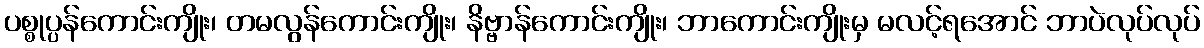
ပစ္စုပ္ပန်ကောင်းကျိုး၊ တမလွန်ကောင်းကျိုး၊ နိဗ္ဗာန်ကောင်းကျိုး၊ ဘာကောင်းကျိုးမှ မလင့်ရအောင် ဘာပဲလုပ်လုပ်